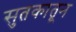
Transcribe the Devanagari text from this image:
सुतकातून